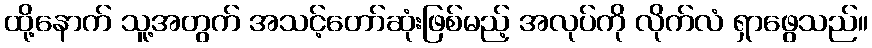
ထို့နောက် သူ့အတွက် အသင့်တော်ဆုံးဖြစ်မည့် အလုပ်ကို လိုက်လံ ရှာဖွေသည်။